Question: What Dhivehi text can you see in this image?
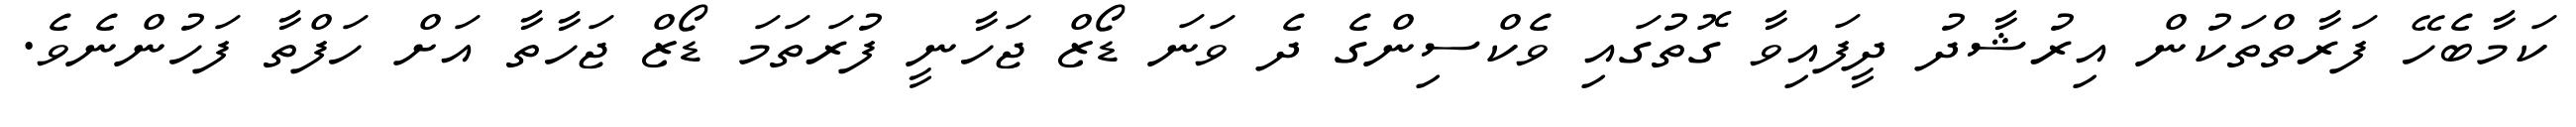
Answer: ކަމާބެހޭ ފަރާތްތަކުން އިރުޝާދު ދީފައިވާ ގޮތުގައި ވެކްސިންގެ ދެ ވަނަ ޑޯޒް ޖަހާނީ ފުރަތަމަ ޑޯޒް ޖަހާތާ އަށް ހަފްތާ ފަހުންނެވެ.